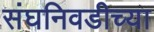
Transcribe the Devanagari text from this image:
संघनिवडीच्या